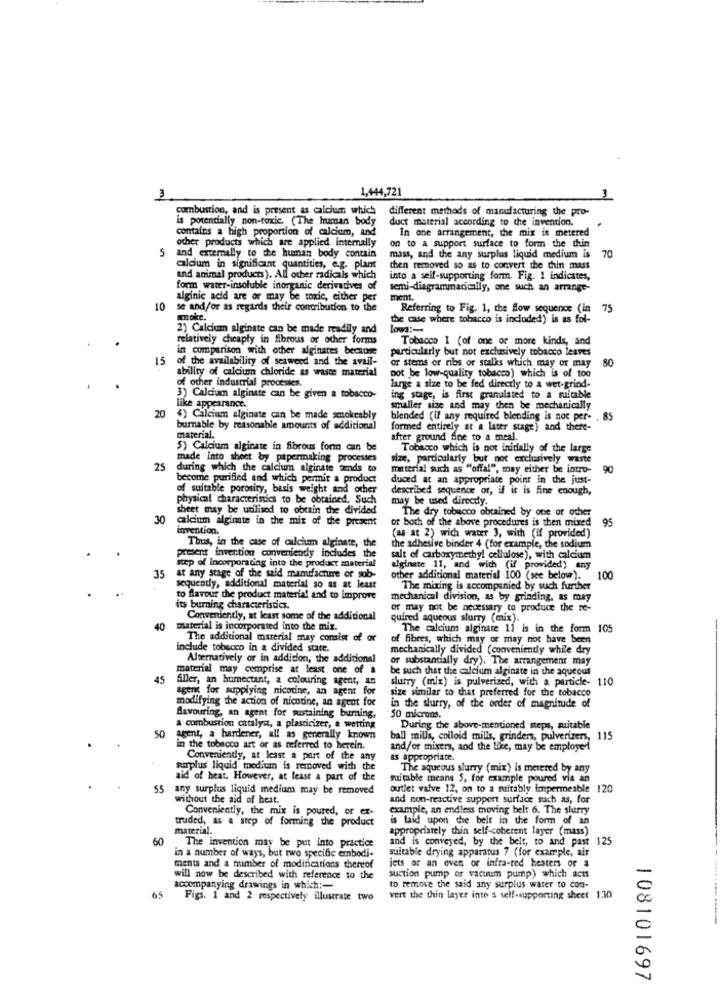
1,444,721
3
combustion, and is present as calcium which different methods of manufacturing the pro-
is potentially non-toxic. (The human body
duct material according to the invention.
contains a high proportion of calcium, and
In one arrangement, the mix is metered
other products which are applied internally
on to a support surface to form the thin
5
70
and externally to che human body contain
mass, and the any surplus liquid medium is
cldum in significant quantities, e.g. plam
chen removed so as to convert the chin mass
and animal products). All other radicals which
into a self-supporting form. Fig. 1 indicates,
form water-insoluble inorganic derivatives of
semi-diagrammadically, one such an arrange-
alginic acid are or may be toxic, either per
ment.
10
se and/or as regards their contribution to the
Referring to Fig. 1, the Row sequence (in
75
woke.
the que where tobacco is included) is as fol-
2) Calcium alginate can be made readily and
low :-
relatively cheaply in fibrous or other forms
Tobacco I (of one or more kinds, and
in comparison with other alginates because
particularly but not exclusively tobacco leaves
15
of the availability of seaweed and the avail-
80
ability of calcium chloride as waste material
or stems or ribs or stalks which may or may
not be low-quality tobacco) which is of too
of other industrial processes.
large a size to be fed directly to a wet-grind-
3) Calcium alginate can be given a tobacco-
ing stage, is first granulated to a suitable
like appearance.
smaller size and may then be mechanically
20
4) Calcium alginate can be made smokeably
blended (if any required blending is noc per- . 85
burnable by reasonable amounts of additional
formed entirely at a later stage) and there-
material.
after ground fine to a meal.
5) Calcium alginate in fibrous form can be
Tobacco which is not initially of the large
made into sheet by pipermaking processes
size, particularly but not exclusively waste
25 during which the calcium alginate tends to
material such as "offal", may either be intro- 90
become purified and which permit a product
duced at an appropriate point in the just-
of suitable porosity, basis weight and other
described sequence or, if it is fine enough,
physical characteristics to be obtained, Such
may be used directly.
sheet may be utilised to obtain the divided
The dry tobacco obtained by one or other
30
calcium alginate in the mix of the present
or both of the above procedures is then mixed
95
invention.
Thus, in the cause of calcium alginate, the
(as at 2) with water 3, with (if provided)
the adhesive binder 4 (for example, the sodium
step of Incorporating into the product material
present invention convertiendy includes the
salt of carboxymethyl cellulose), with calcium
alginate 11, and wich (if provided) any
35
at any stage of the said mamifacture of sub-
other additional material 100 (see below).
100
sequently, additional material so as at least
The mixing is accompanied by such further
to flavour the product material and to improve
mechanical division, as by grinding, as may
its burning characteristics.
or may not be necessary to produce the re-
Conveniently, at least some of the additional
quired aqueous slurry (mix).
40
material is incorporated into the miz.
The calcium alginate 11 is in the form 105
The additional material may consist of or
of fibres, which may or may not have been
include tobacco in a divided state.
mechanically divided (conveniently while dry
Alternatively or in addition, the additional
or substantially dry). The arrangement may
material may comprise at least one of a
be such that the calcium alginate in the aqueous
45
Siller, an humectant, a colouring agent, an
slurry (mix) is pulverized, with a particle- 1
agent for supplying nicotine, an agent for
size similar to that preferred for the tobacco
modifying the action of nicotine, an agent for
in the slurry, of the order of magnitude of
Savouring, an agent for sustaining burning.
50 microns.
a combustion catalyst, a plasticizer, e wetting
During the above-mentioned steps, suitable
50
agent, a hardener, all as generally known
ball mills, colloid mills, grinders, pulverizers, 115
in the tobacco art or as referred to herein.
and/or mixers, and the lice, may be employed
Conveniently, at least a part of the any
as appropriate.
surplus liquid medium is removed with
The aqueous slurry (mix) is metered by any
aid of hear. However, at least a part of the
suitable means S, for example poured via an
55 any surplus liquid medium may be removed
outlet valve 12, on to a suitably impermeable 120
without the aid of beat.
and non-reactive support surface such as, for
Conveniently, the mix is poured, or ex-
example, an endless moving belt 6. The slurry
truded, as a step of forming the product
is laid upon the belt in the form of an
material.
appropriately thin self-coherent layer (mass)
60
The invention may be put into practice
and is conveyed, by the belt, to and past 125
in a number of ways, but two specific embodi-
suitable drying apparatus 7 (for example, air
ments and a number of modifications thereof
jets or an oven or infra-red heaters or a
will now be described with reference to the
suction pump or vacuum pump) which acts
accompanying drawings in which :-
to remove the said any surplus water to con-
65
Figs. 1 and 2 respectively illustrate two
vert the thin layer inte a self-supporting sheet 130
108101697